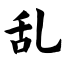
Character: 乱